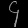
Digit: ၄